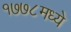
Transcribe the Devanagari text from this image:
१७७८मध्ये